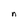
Character: n